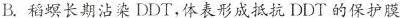
B. 稻螟长期沾染 DDT，体表形成抵抗 DDT 的保护膜